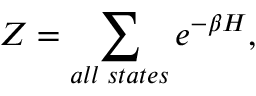
Z = \sum _ { a l l \; s t a t e s } e ^ { - \beta H } ,